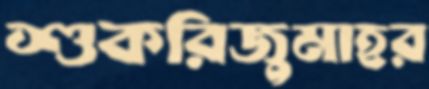
শুকরিজুমাহর